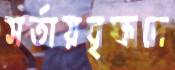
সর্তায়বৃক্ষদে